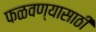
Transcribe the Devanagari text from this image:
फळवण्यासाठी